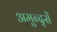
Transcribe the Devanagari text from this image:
अमुन्द्सें